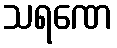
သရဏေ